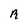
Character: R